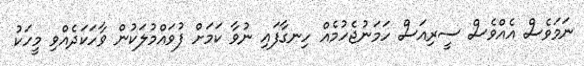
ނަމަވެސް އެއްވެސް ސީރިއަސް ހަމަނުޖެހުމެއް ހިނގާފައި ނުވާ ކަމަށް ފުވައްމުލަކުން ވާހަކަދެއްވި މީހަކު